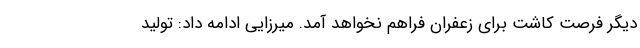
دیگر فرصت کاشت برای زعفران فراهم نخواهد آمد. میرزایی ادامه داد: تولید